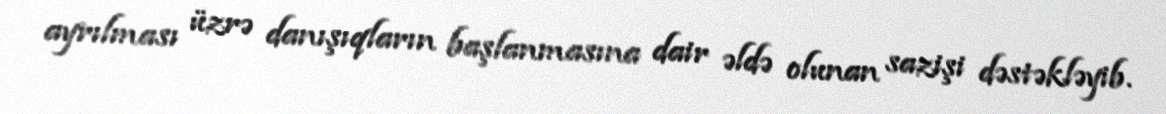
ayrılması üzrə danışıqların başlanmasına dair əldə olunan sazişi dəstəkləyib.